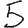
Digit: 5